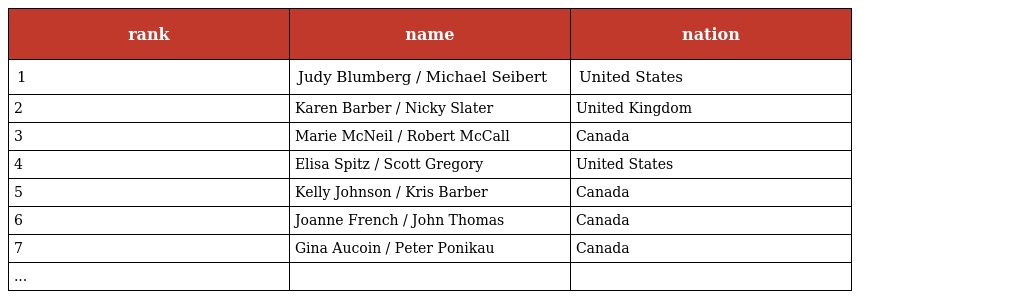
| rank | name | nation |
 | --- | --- | --- |
 | 1 | Judy Blumberg / Michael Seibert | United States |
 | 2 | Karen Barber / Nicky Slater | United Kingdom |
 | 3 | Marie McNeil / Robert McCall | Canada |
 | 4 | Elisa Spitz / Scott Gregory | United States |
 | 5 | Kelly Johnson / Kris Barber | Canada |
 | 6 | Joanne French / John Thomas | Canada |
 | 7 | Gina Aucoin / Peter Ponikau | Canada |
 | ... |  |  |